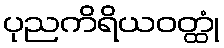
ပုညကိရိယဝတ္ထုံ